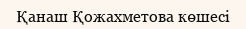
Қанаш Қожахметова көшесі